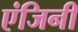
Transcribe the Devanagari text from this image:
एंजिनी